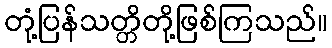
တုံ့ပြန်သတ္တိတို့ဖြစ်ကြသည်။